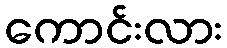
ကောင်းလား